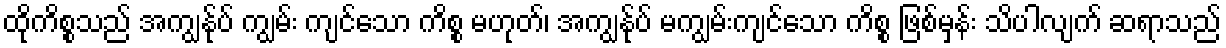
ထိုကိစ္စသည် အကျွန်ုပ် ကျွမ်း ကျင်သော ကိစ္စ မဟုတ်၊ အကျွန်ုပ် မကျွမ်းကျင်သော ကိစ္စ ဖြစ်မှန်း သိပါလျက် ဆရာသည်